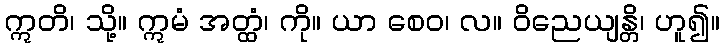
ဣတိ၊ သို့။ ဣမံ အတ္ထံ၊ ကို။ ယာ စေဝ၊ လ။ ဝိညေယျန္တိ၊ ဟူ၍။